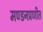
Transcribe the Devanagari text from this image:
मण्डनप्रणीत